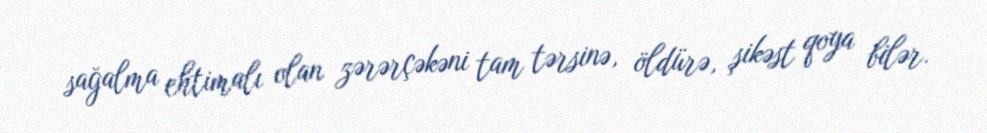
sağalma ehtimalı olan zərərçəkəni tam tərsinə, öldürə, şikəst qoya bilər.